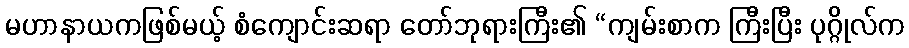
မဟာနာယကဖြစ်မယ့် စံကျောင်းဆရာ တော်ဘုရားကြီး၏ “ကျမ်းစာက ကြီးပြီး ပုဂ္ဂိုလ်က